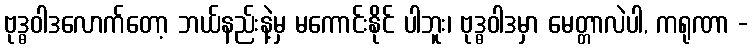
ဗုဒ္ဓဝါဒလောက်တော့ ဘယ်နည်းနဲ့မှ မကောင်းနိုင် ပါဘူး၊ ဗုဒ္ဓဝါဒမှာ မေတ္တာလဲပါ, ကရုဏာ -